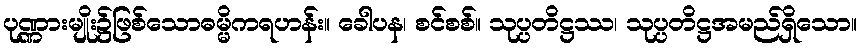
ပုဏ္ဏားမျိုး၌ဖြစ်သောဓမ္မိကရဟန်း။ ခေါပန၊ စင်စစ်။ သုပ္ပတိဋ္ဌဿ၊ သုပ္ပတိဋ္ဌအမည်ရှိသော။